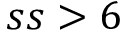
s s > 6